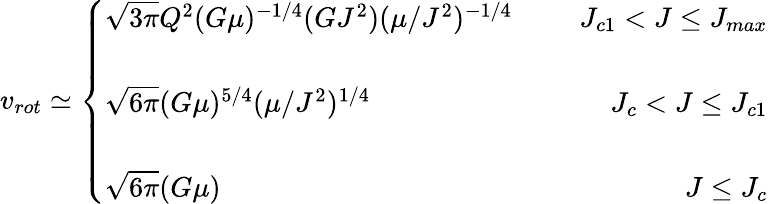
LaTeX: v_{rot}\simeq\left\{ \begin{array}{lr}{{\sqrt{3\pi}Q^{2}(G\mu)^{-1/4}(GJ^{2})(\mu/J^{2})^{-1/4}}}&{{\; \; \; \; \; J_{c1}<J\leq J_{max}}}\\ {{}}&{{}}\\ {{\sqrt{6\pi}(G\mu)^{5/4}(\mu/J^{2})^{1/4}}}&{{\; \; \; \; \; J_{c}<J\leq J_{c1}}}\\ {{}}&{{}}\\ {{\sqrt{6\pi}(G\mu)}}&{{\; \; \; \; \; J\leq J_{c}}}\end{array}\right.